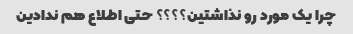
چرا یک مورد رو نذاشتین؟؟؟؟ حتی اطلاع هم ندادین